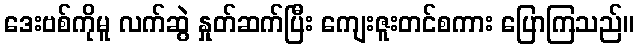
ဒေးဗစ်ကိုမူ လက်ဆွဲ နှုတ်ဆက်ပြီး ကျေးဇူးတင်စကား ပြောကြသည်။